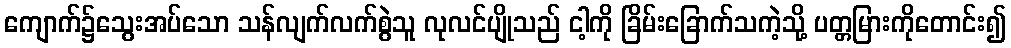
ကျောက်၌သွေးအပ်သော သန်လျက်လက်စွဲသူ လုလင်ပျိုသည် ငါ့ကို ခြိမ်းခြောက်သကဲ့သို့ ပတ္တမြားကိုတောင်း၍